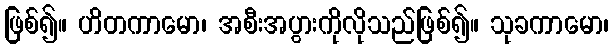
ဖြစ်၍။ ဟိတကာမော၊ အစီးအပွားကိုလိုသည်ဖြစ်၍။ သုခကာမော၊